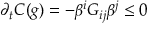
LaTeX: \partial _ { t } C ( g ) = - \beta ^ { i } G _ { i j } \beta ^ { j } \le 0